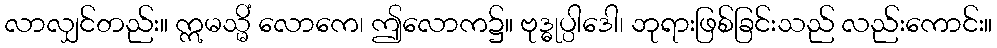
လာလျှင်တည်း။ ဣမသ္မိံ လောကေ၊ ဤလောက၌။ ဗုဒ္ဓုပ္ပါဒေါ၊ ဘုရားဖြစ်ခြင်းသည် လည်းကောင်း။